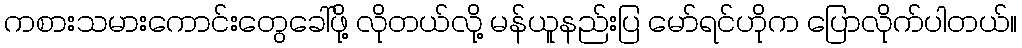
ကစားသမားကောင်းတွေခေါ်ဖို့ လိုတယ်လို့ မန်ယူနည်းပြ မော်ရင်ဟိုက ပြောလိုက်ပါတယ်။